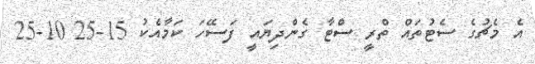
އެ މެޗުގެ ސެޓުތައް ތްރީ ސްޓާ ގެންދިޔައީ ފަސޭހަ ކަމާއެކު 15-25 10-25